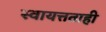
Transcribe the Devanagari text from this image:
स्वायत्तताही